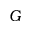
G